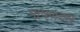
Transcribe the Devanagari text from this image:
पाषणदार